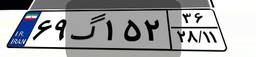
۶۹گ۱۵۲۳۶